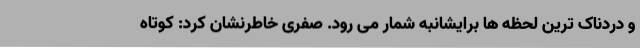
و دردناک ترین لحظه ها برایشانبه شمار می رود. صفری خاطرنشان کرد: کوتاه